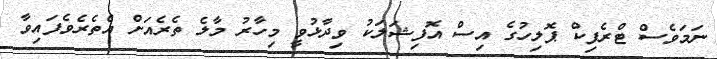
ނަމަވެސް ޓްރެފިކް ޕޮލިހުގެ އިސް އޮފިޝަލަކު ވިދާޅުވީ މިހާރު މާލެ ތެރެއަށް އެތެރެވެފައިވާ